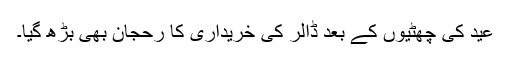
عید کی چھٹیوں کے بعد ڈالر کی خریداری کا رحجان بھی بڑھ گیا۔